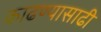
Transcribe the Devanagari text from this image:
काढण्यासाढी